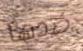
ضدها